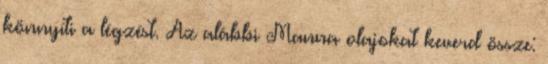
könnyíti a légzést. Az alábbi Manna olajokat keverd össze: